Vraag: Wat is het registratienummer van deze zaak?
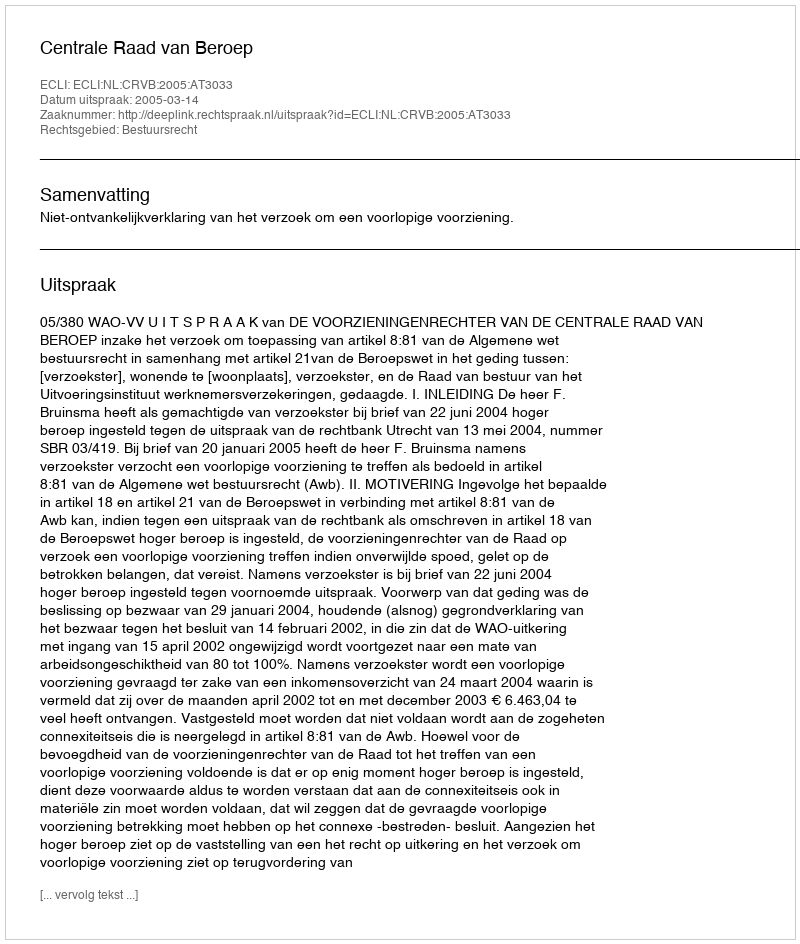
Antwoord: http://deeplink.rechtspraak.nl/uitspraak?id=ECLI:NL:CRVB:2005:AT3033